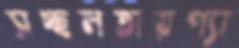
সচ্ছলতায়প্যা